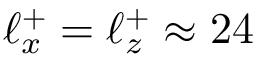
\ell _ { x } ^ { + } = \ell _ { z } ^ { + } \approx 2 4